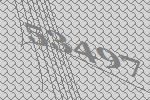
53497